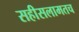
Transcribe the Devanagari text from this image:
सहीसलामतच